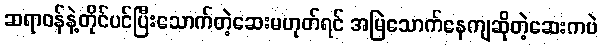
ဆရာဝန်နဲ့တိုင်ပင်ပြီးသောက်တဲ့ဆေးမဟုတ်ရင် အမြဲသောက်နေကျဆိုတဲ့ဆေးကပဲ